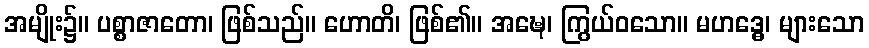
အမျိုး၌။ ပစ္စာဇာတော၊ ဖြစ်သည်။ ဟောတိ၊ ဖြစ်၏။ အဍ္ဎေ၊ ကြွယ်ဝသော။ မဟဒ္ဓေ၊ များသော